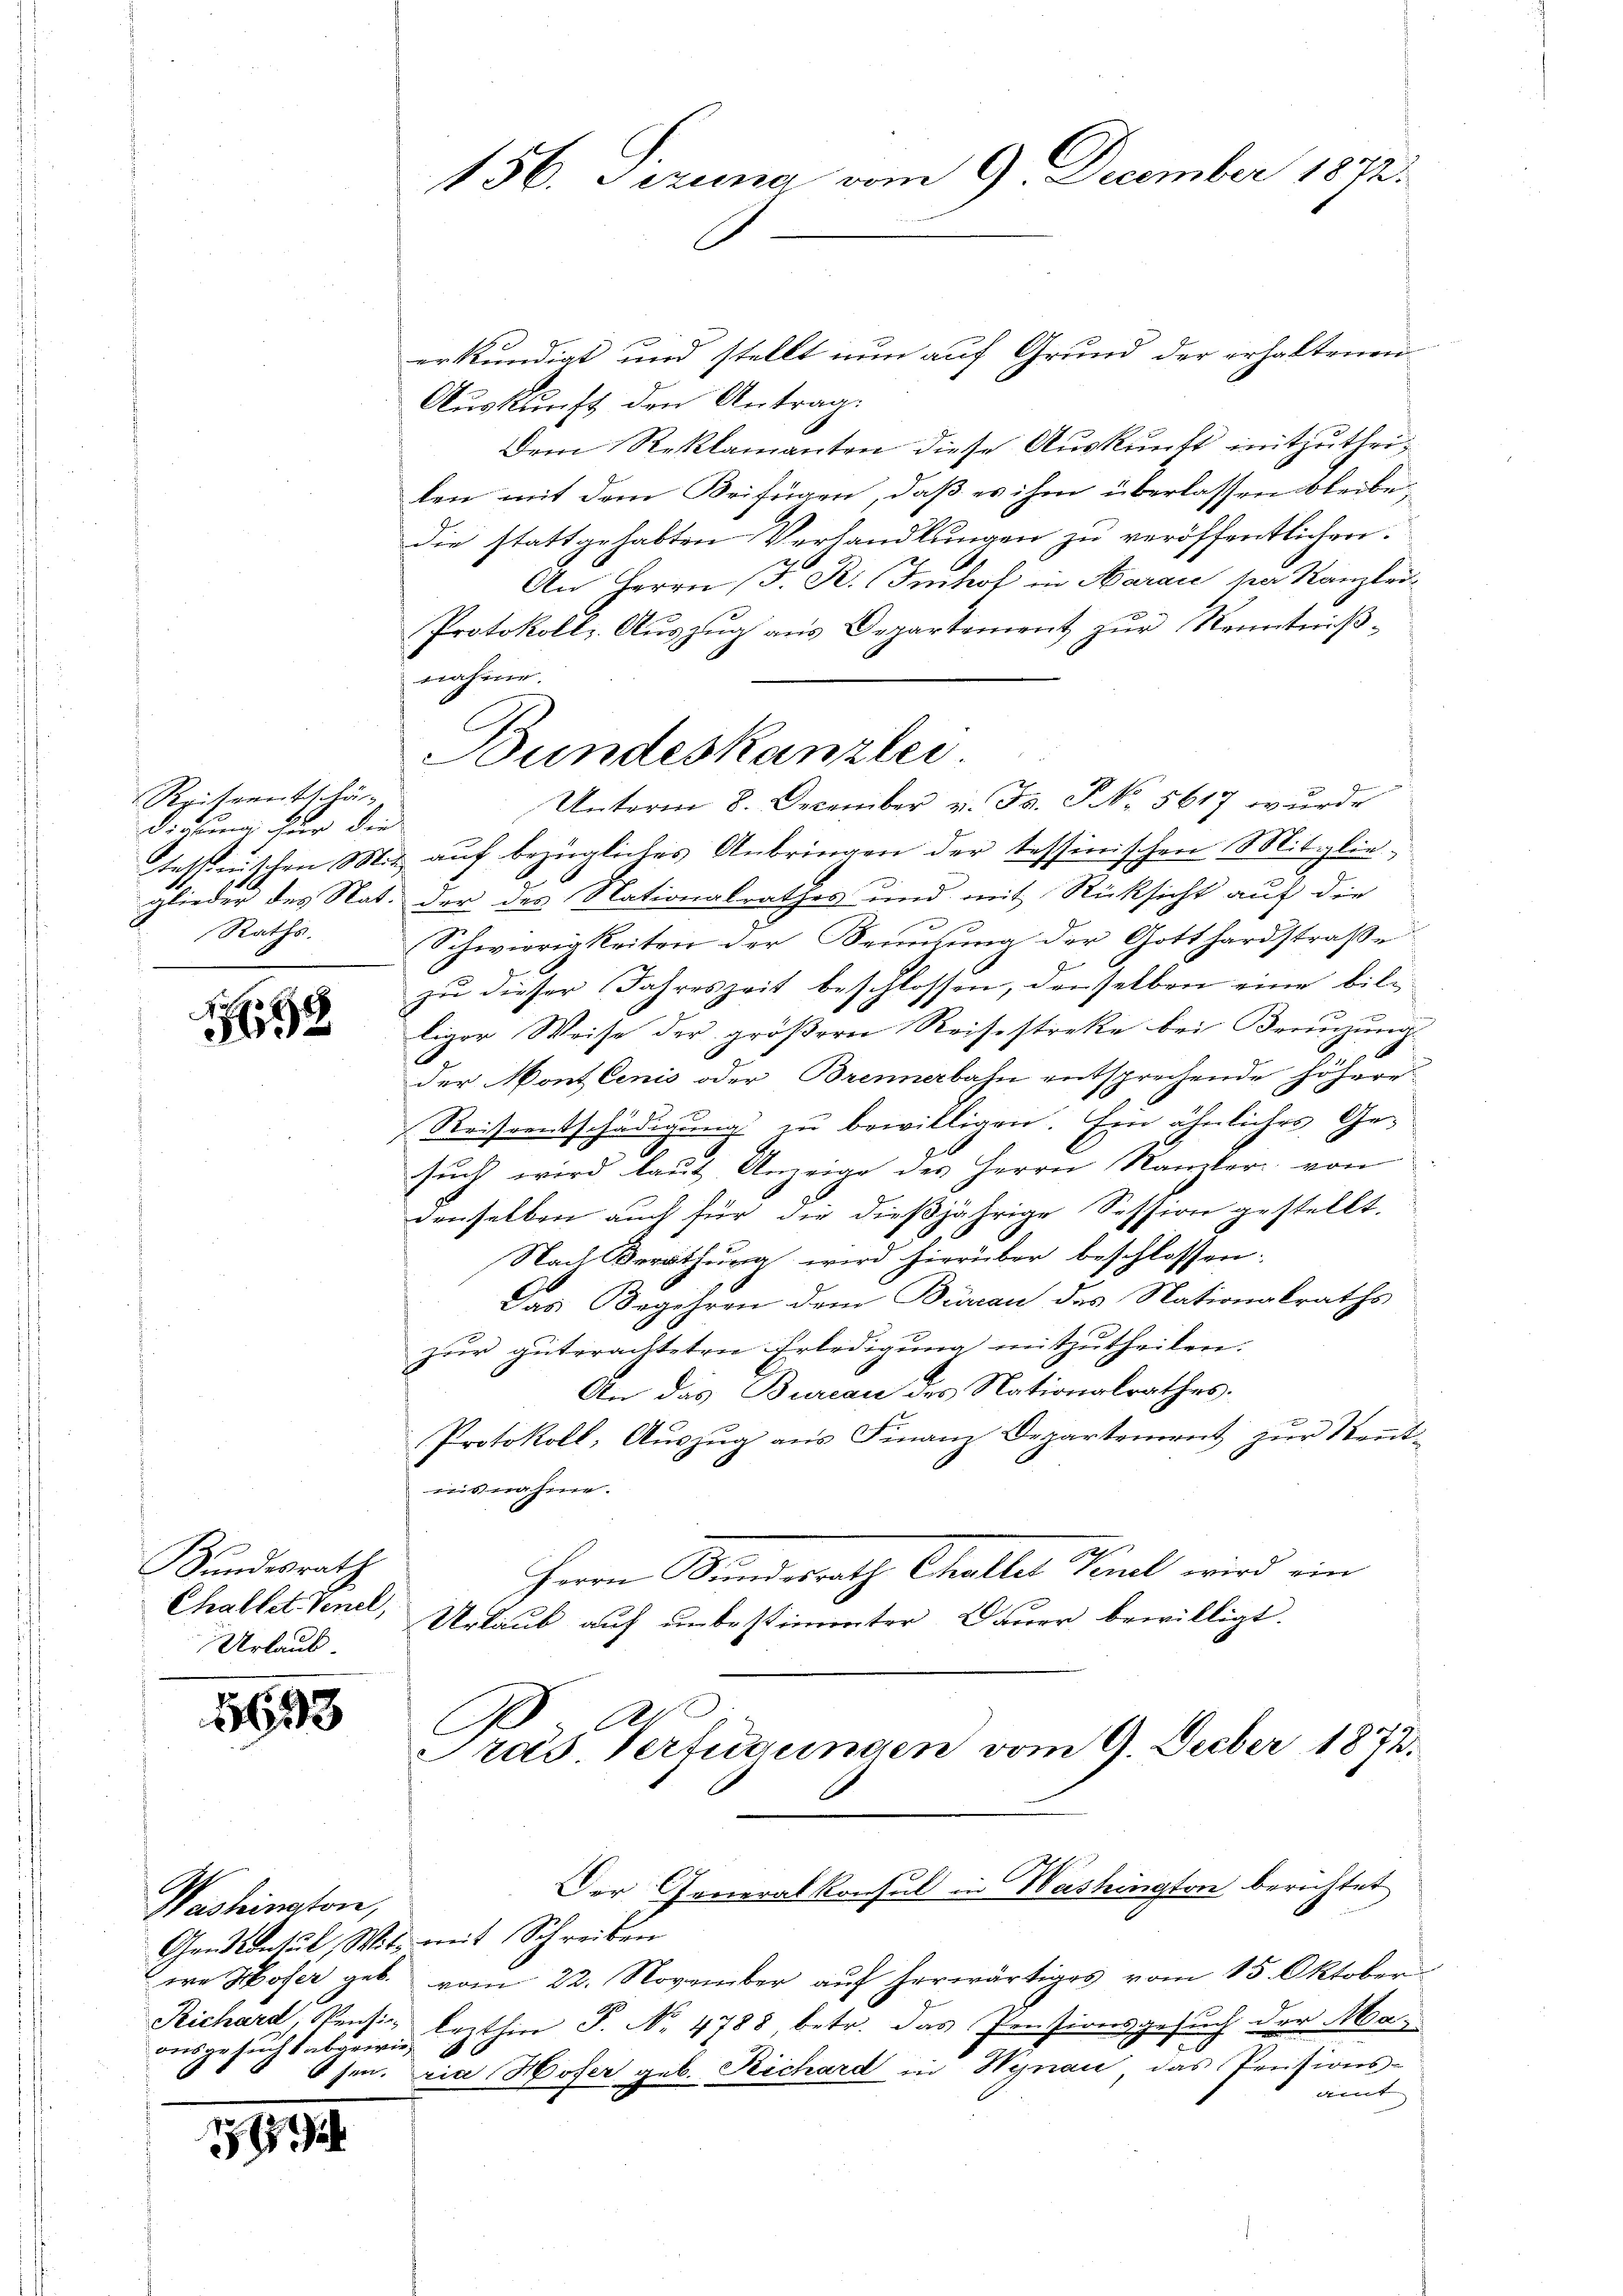
Reiseentschä
diebung für die
Raths.

32

Bundesrath
Chaltet. Venel,
Urlaub.

1693

Washinatore,
Richard, Pensi
ausgesucht abgewiehen.

1494

156. Jezung vom 9. December 1872.

erkundigt und stellt nun auf Grund der erhaltenen
Auskunft den Antrag.
Dem Reklamanten diese Auskunft mitzutheilen mit dem Beifügen, daß es ihm überlassen bleibe,
die stattgehabten Verhandlungen zu veröffentlichen.
An Herrn J. R. Tuchof in Karaić vor Kanzlei¬
Protokolls Aŭszŭg aŭs Departement zŭr Kenntniβ-
Unterm 8. December v. Fr. S NNo. 5617 wurde
tessinischen Mit auf bezügliches Anbringen der tessinischen Mitglieglieder des Nat. der des Nationalrathes und mit Rücksicht auf die
Schwierigkeiten der Benutzung der Gotthardstraße
zŭ dieser Jahreszeit beschlossen, denselben eine billiger Weise der größere Reisestreke bei Beruchung

der Mont lenis oder Brennerbahn entsprechende höherr
Reiseentschädigung zu bewilligen. Ein ähnlicher Gesuch wird laut Anzeige des Herrn Ramber von
denselben auch für die dießjährige Session gestellt.
Nach Berathung wird hierüber beschlossen:
Das Begehren dem Büreau des Nationalraths
zŭr gŭterachteten Erledigŭng mitzŭtheilen.
An das Bureau des Nationalrathes.
Protokoll, Auszug aus Finanz Departement zur Kenntausnahme.
Herrn Bundesrath Challer Vinel wird ein
Urlaub auf unbestimmter Dauer bewilligt.

nahme.
Bundeskanzlei

Gentcontul, Witz mit Schreiben
ere Hofer geb. vom 22. November aŭf herwärtiges vom 15. Oktober
lezthin P. No. 4788, betr. das Pensionsgesuch der Maria Hofer geb. Richard in Wynau, das Pensions-
amt.

Al

Präs. Verfügungen vom 9. Feber 1872.

Der Generalkonsul in Washington berichtet